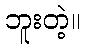
ဘူးတဲ့။